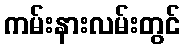
ကမ်းနားလမ်းတွင်